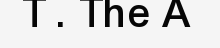
T . The A